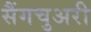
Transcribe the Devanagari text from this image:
सैंगचुअरी